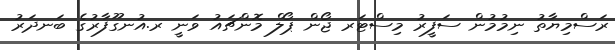
ރަސްމިޔާތު ނިމުމުން ސަފީރު މިސްޓަރ ޖޯން ޕޯލް މޮންޗައު ވަނީ ރ.އުނގޫފާރުގެ ބަނދަރު